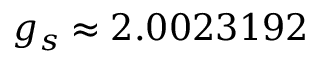
g _ { s } \approx 2 . 0 0 2 3 1 9 2